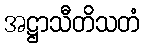
အဋ္ဌာသီတိသတံ